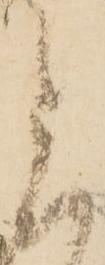
上